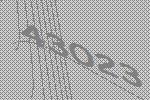
43023